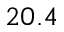
2 0 . 4